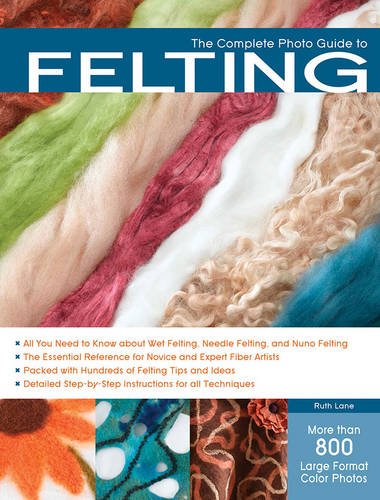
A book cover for The Complete Photo Guide to Felting; Ruth Lane; Crafts, Hobbies & Home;